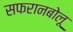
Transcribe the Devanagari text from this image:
सफरानबोलू